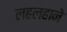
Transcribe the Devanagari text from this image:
लहलहाने